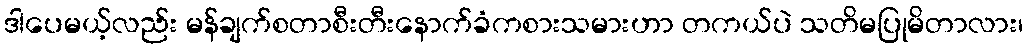
ဒါပေမယ့်လည်း မန်ချက်စတာစီးတီးနောက်ခံကစားသမားဟာ တကယ်ပဲ သတိမပြုမိတာလား၊